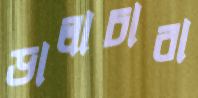
ডালাচারা